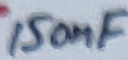
Text: 150nF